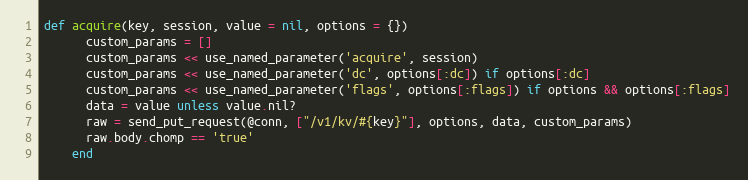
Language: Ruby
def acquire(key, session, value = nil, options = {})
      custom_params = []
      custom_params << use_named_parameter('acquire', session)
      custom_params << use_named_parameter('dc', options[:dc]) if options[:dc]
      custom_params << use_named_parameter('flags', options[:flags]) if options && options[:flags]
      data = value unless value.nil?
      raw = send_put_request(@conn, ["/v1/kv/#{key}"], options, data, custom_params)
      raw.body.chomp == 'true'
    end